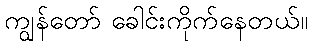
ကျွန်တော် ခေါင်းကိုက်နေတယ်။